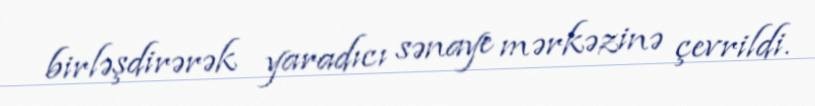
birləşdirərək yaradıcı sənaye mərkəzinə çevrildi.